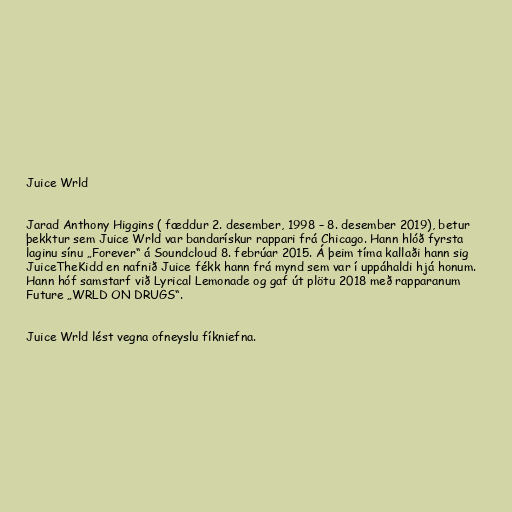
Juice Wrld

Jarad Anthony Higgins ( fæddur 2. desember, 1998 – 8. desember 2019), betur
þekktur sem Juice Wrld var bandarískur rappari frá Chicago. Hann hlóð fyrsta
laginu sínu „Forever“ á Soundcloud 8. febrúar 2015. Á þeim tíma kallaði hann sig
JuiceTheKidd en nafnið Juice fékk hann frá mynd sem var í uppáhaldi hjá honum.
Hann hóf samstarf við Lyrical Lemonade og gaf út plötu 2018 með rapparanum
Future „WRLD ON DRUGS“.

Juice Wrld lést vegna ofneyslu fíkniefna.